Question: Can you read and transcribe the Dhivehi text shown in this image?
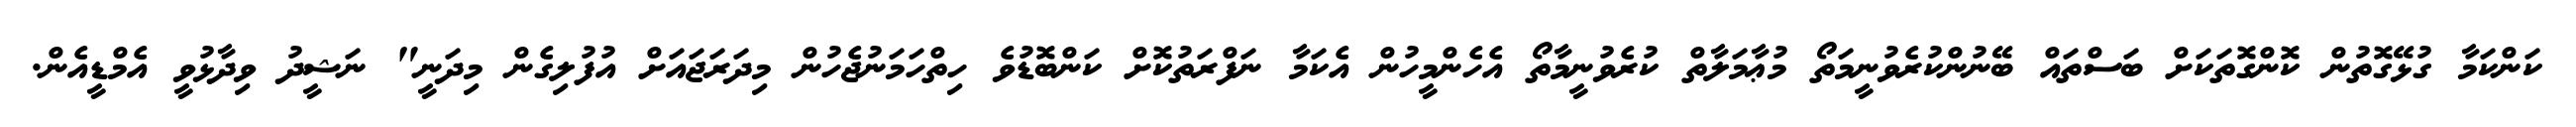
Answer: ކަންކަމާ ގުޅޭގޮތުން ކޮންގޮތަކަށް ބަސްތައް ބޭނުންކުރެވުނީމަތޯ މުޢާމަލާތް ކުރެވުނީމާތޯ އެހެންމީހުން އެކަމާ ނަފްރަތުކޮށް ކަންބޮޑުވެ ހިތްހަމަނުޖެހުން މިދަރަޖައަށް އުފުލިގެން މިދަނީ" ނަޝީދު ވިދާޅުވީ އެމްޑީއެން.